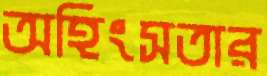
অহিংসতার